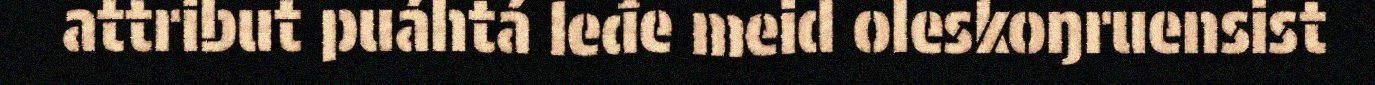
attribut puáhtá leđe meid oleskoŋruensist